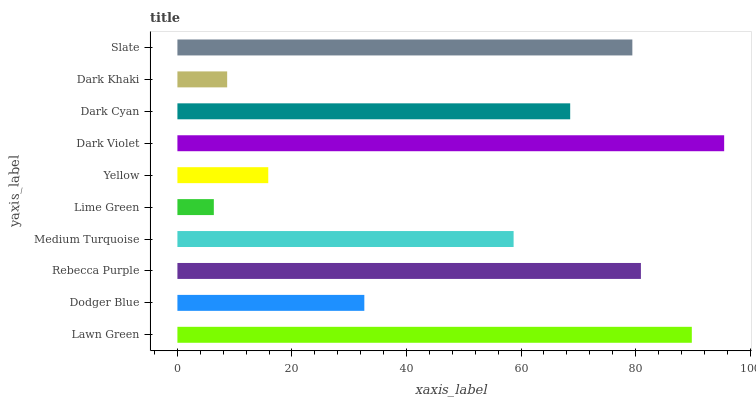
| yaxis_label | bars |
 | --- | --- |
 | Lawn Green | 89.8 |
 | Dodger Blue | 32.6 |
 | Rebecca Purple | 80.9 |
 | Medium Turquoise | 58.7 |
 | Lime Green | 6.36 |
 | Yellow | 15.9 |
 | Dark Violet | 95.5 |
 | Dark Cyan | 68.6 |
 | Dark Khaki | 8.69 |
 | Slate | 79.4 |